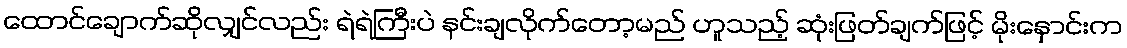
ထောင်ချောက်ဆိုလျှင်လည်း ရဲရဲကြီးပဲ နင်းချလိုက်တော့မည် ဟူသည့် ဆုံးဖြတ်ချက်ဖြင့် မိုးနှောင်းက